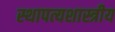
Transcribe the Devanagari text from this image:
स्थापत्यशास्त्रीय